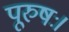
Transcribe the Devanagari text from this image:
पूरुषः।